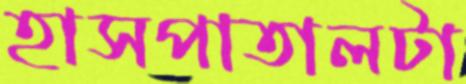
হাসপাতালটা